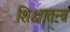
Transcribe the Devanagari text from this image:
शिक्षातन्त्र